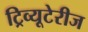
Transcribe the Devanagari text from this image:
ट्रिव्यूटेरीज